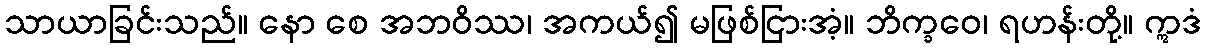
သာယာခြင်းသည်။ နော စေ အဘဝိဿ၊ အကယ်၍ မဖြစ်ငြားအံ့။ ဘိက္ခဝေ၊ ရဟန်းတို့။ ဣဒံ